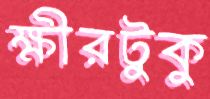
ক্ষীরটুকু